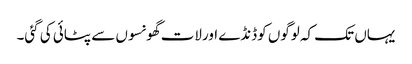
یہاں تک کہ لوگوں کوڈنڈے اورلات گھونسوں سے پٹائی کی گئی۔